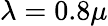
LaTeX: \lambda=0.8\mu